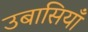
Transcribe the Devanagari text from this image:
उबासियाँ